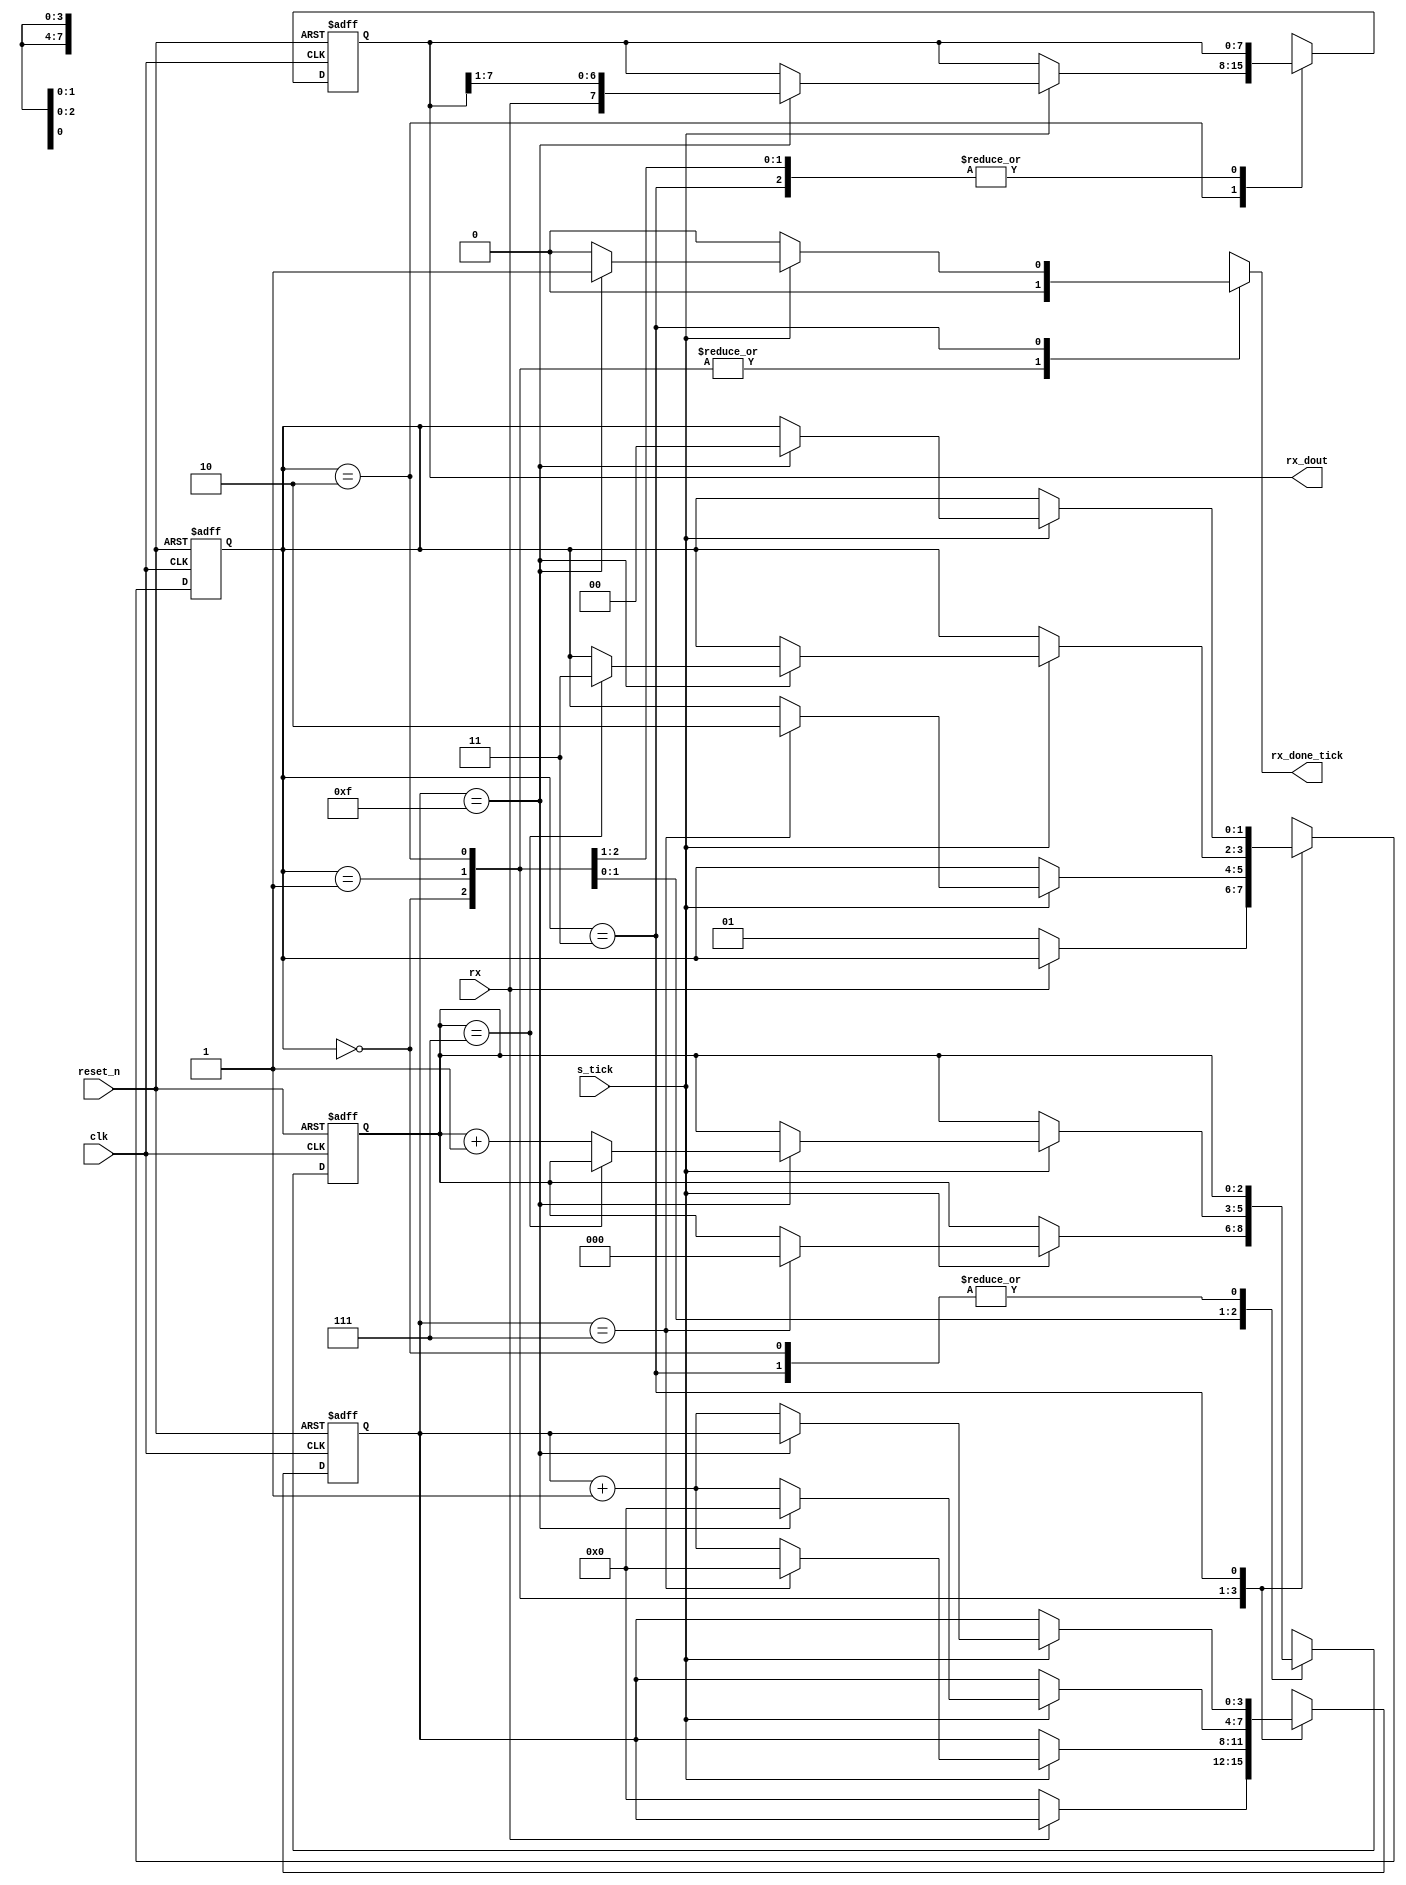
module uart_rx
    #(parameter DBIT = 8,    // # data bits
                SB_TICK = 16 // # stop bit ticks
    )
    (
        input clk, reset_n,
        input rx, s_tick,
        output reg rx_done_tick,
        output [DBIT - 1:0] rx_dout
    );
    
    localparam  idle = 0, start = 1,
                data = 2, stop = 3;
                
    reg [1:0] state_reg, state_next;
    reg [3:0] s_reg, s_next;                // keep track of the baud rate ticks (16 total)
    reg [$clog2(DBIT) - 1:0] n_reg, n_next; // keep track of the number of data bits recieved
    reg [DBIT - 1:0] b_reg, b_next;         // stores the recieved data bits
    
    // State and other registers
    always @(posedge clk, negedge reset_n)
    begin
        if (~reset_n)
        begin
            state_reg <= idle;
            s_reg <= 0;
            n_reg <= 0;
            b_reg <= 0;
        end
        else
        begin
            state_reg <= state_next;
            s_reg <= s_next;
            n_reg <= n_next;
            b_reg <= b_next;
        end
    end
    
    // Next state logic
    always @(*)
    begin
        state_next = state_reg;
        s_next = s_reg;
        n_next = n_reg;
        b_next = b_reg;
        rx_done_tick = 1'b0;
        case (state_reg)
            idle:                
                if (~rx)
                begin
                    s_next = 0;
                    state_next = start;                        
                end                 
            start:                
                if (s_tick)
                    if (s_reg == 7)
                    begin
                        s_next = 0;
                        n_next = 0;
                        state_next = data;
                    end
                    else                        
                        s_next = s_reg + 1;                                                                   
            data:
                if (s_tick)
                    if(s_reg == 15)
                    begin
                        s_next = 0;
                        b_next = {rx, b_reg[DBIT - 1:1]}; // Right shift
                        if (n_reg == (DBIT - 1))
                            state_next = stop;
                        else
                            n_next = n_reg + 1;
                    end
                    else
                        s_next = s_reg + 1;
            stop:
                if (s_tick)
                    if(s_reg == (SB_TICK - 1))
                    begin
                        rx_done_tick = 1'b1;
                        state_next = idle;
                    end
                    else
                        s_next = s_reg + 1;
            default:
                state_next = idle;
        endcase
    end
    
    // output logic
    assign rx_dout = b_reg;
endmodule